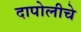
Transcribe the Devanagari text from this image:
दापोलीचे